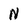
Character: N